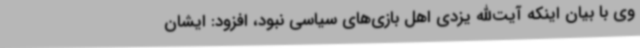
وی با بیان اینکه آیت‌الله یزدی اهل بازی‌های سیاسی نبود، افزود: ایشان